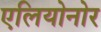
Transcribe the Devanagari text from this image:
एलियोनोर